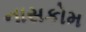
નાસકોમ